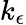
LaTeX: k_{\epsilon}